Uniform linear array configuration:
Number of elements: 16
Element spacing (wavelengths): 0.25
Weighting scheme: exponential
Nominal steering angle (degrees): -30
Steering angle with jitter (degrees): -29.615
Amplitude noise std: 0.05
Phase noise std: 0.05

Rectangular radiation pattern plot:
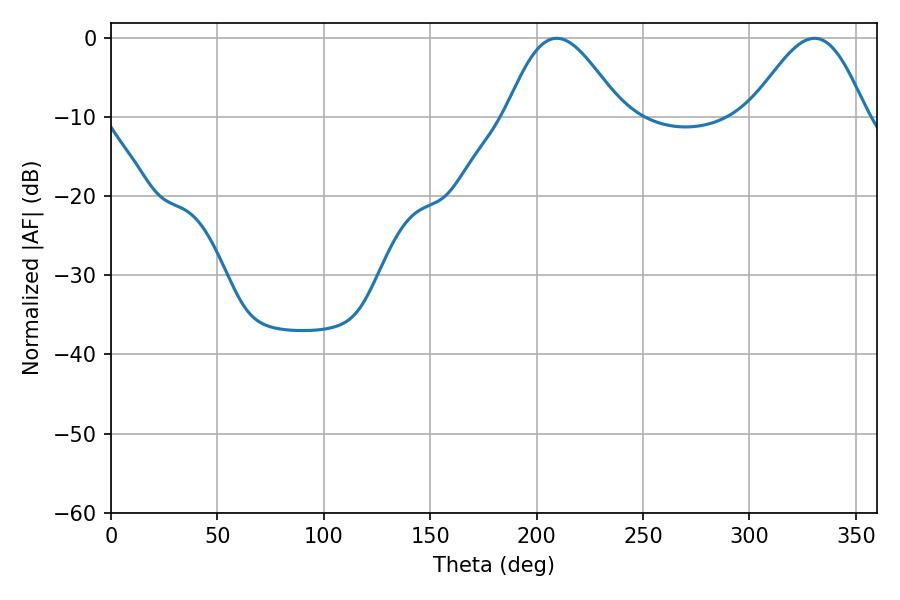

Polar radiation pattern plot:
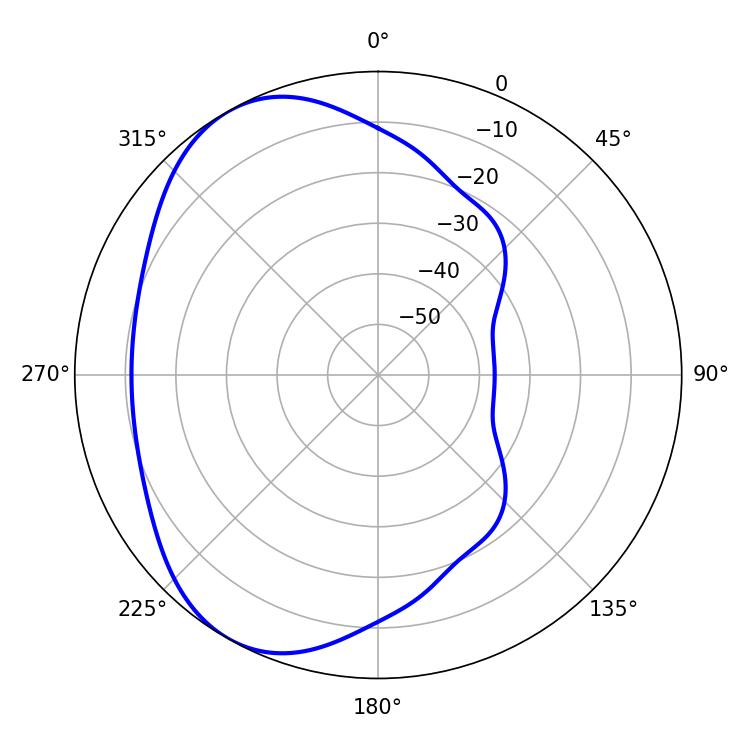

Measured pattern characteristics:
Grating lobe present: FALSE
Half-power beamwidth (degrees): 28.98
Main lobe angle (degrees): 209.52